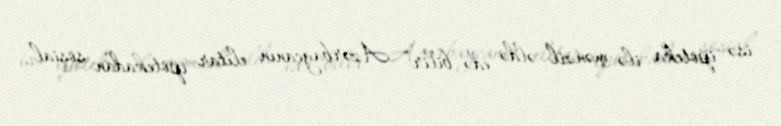
isə ipoteka ilə mənzil əldə edə bilir” Azərbaycanın elitar ipotekadan sosial